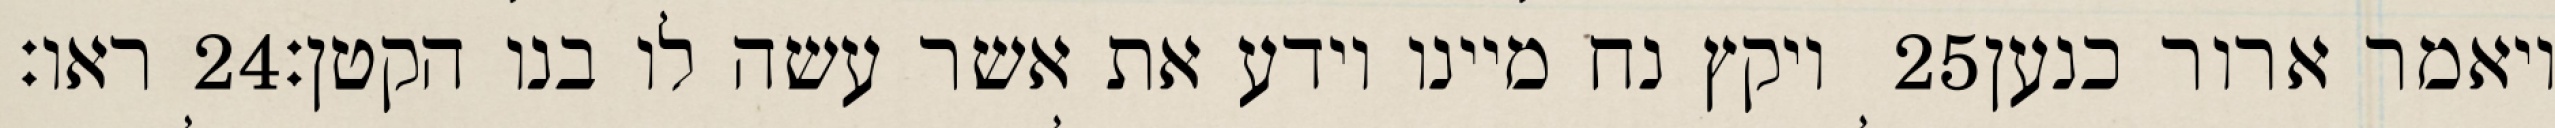
ראו׃ ‎24‏ ויקץ נח מיינו וידע את אשר עשה לו בנו הקטן׃ ‎25‏ ויאמר ארור כנען